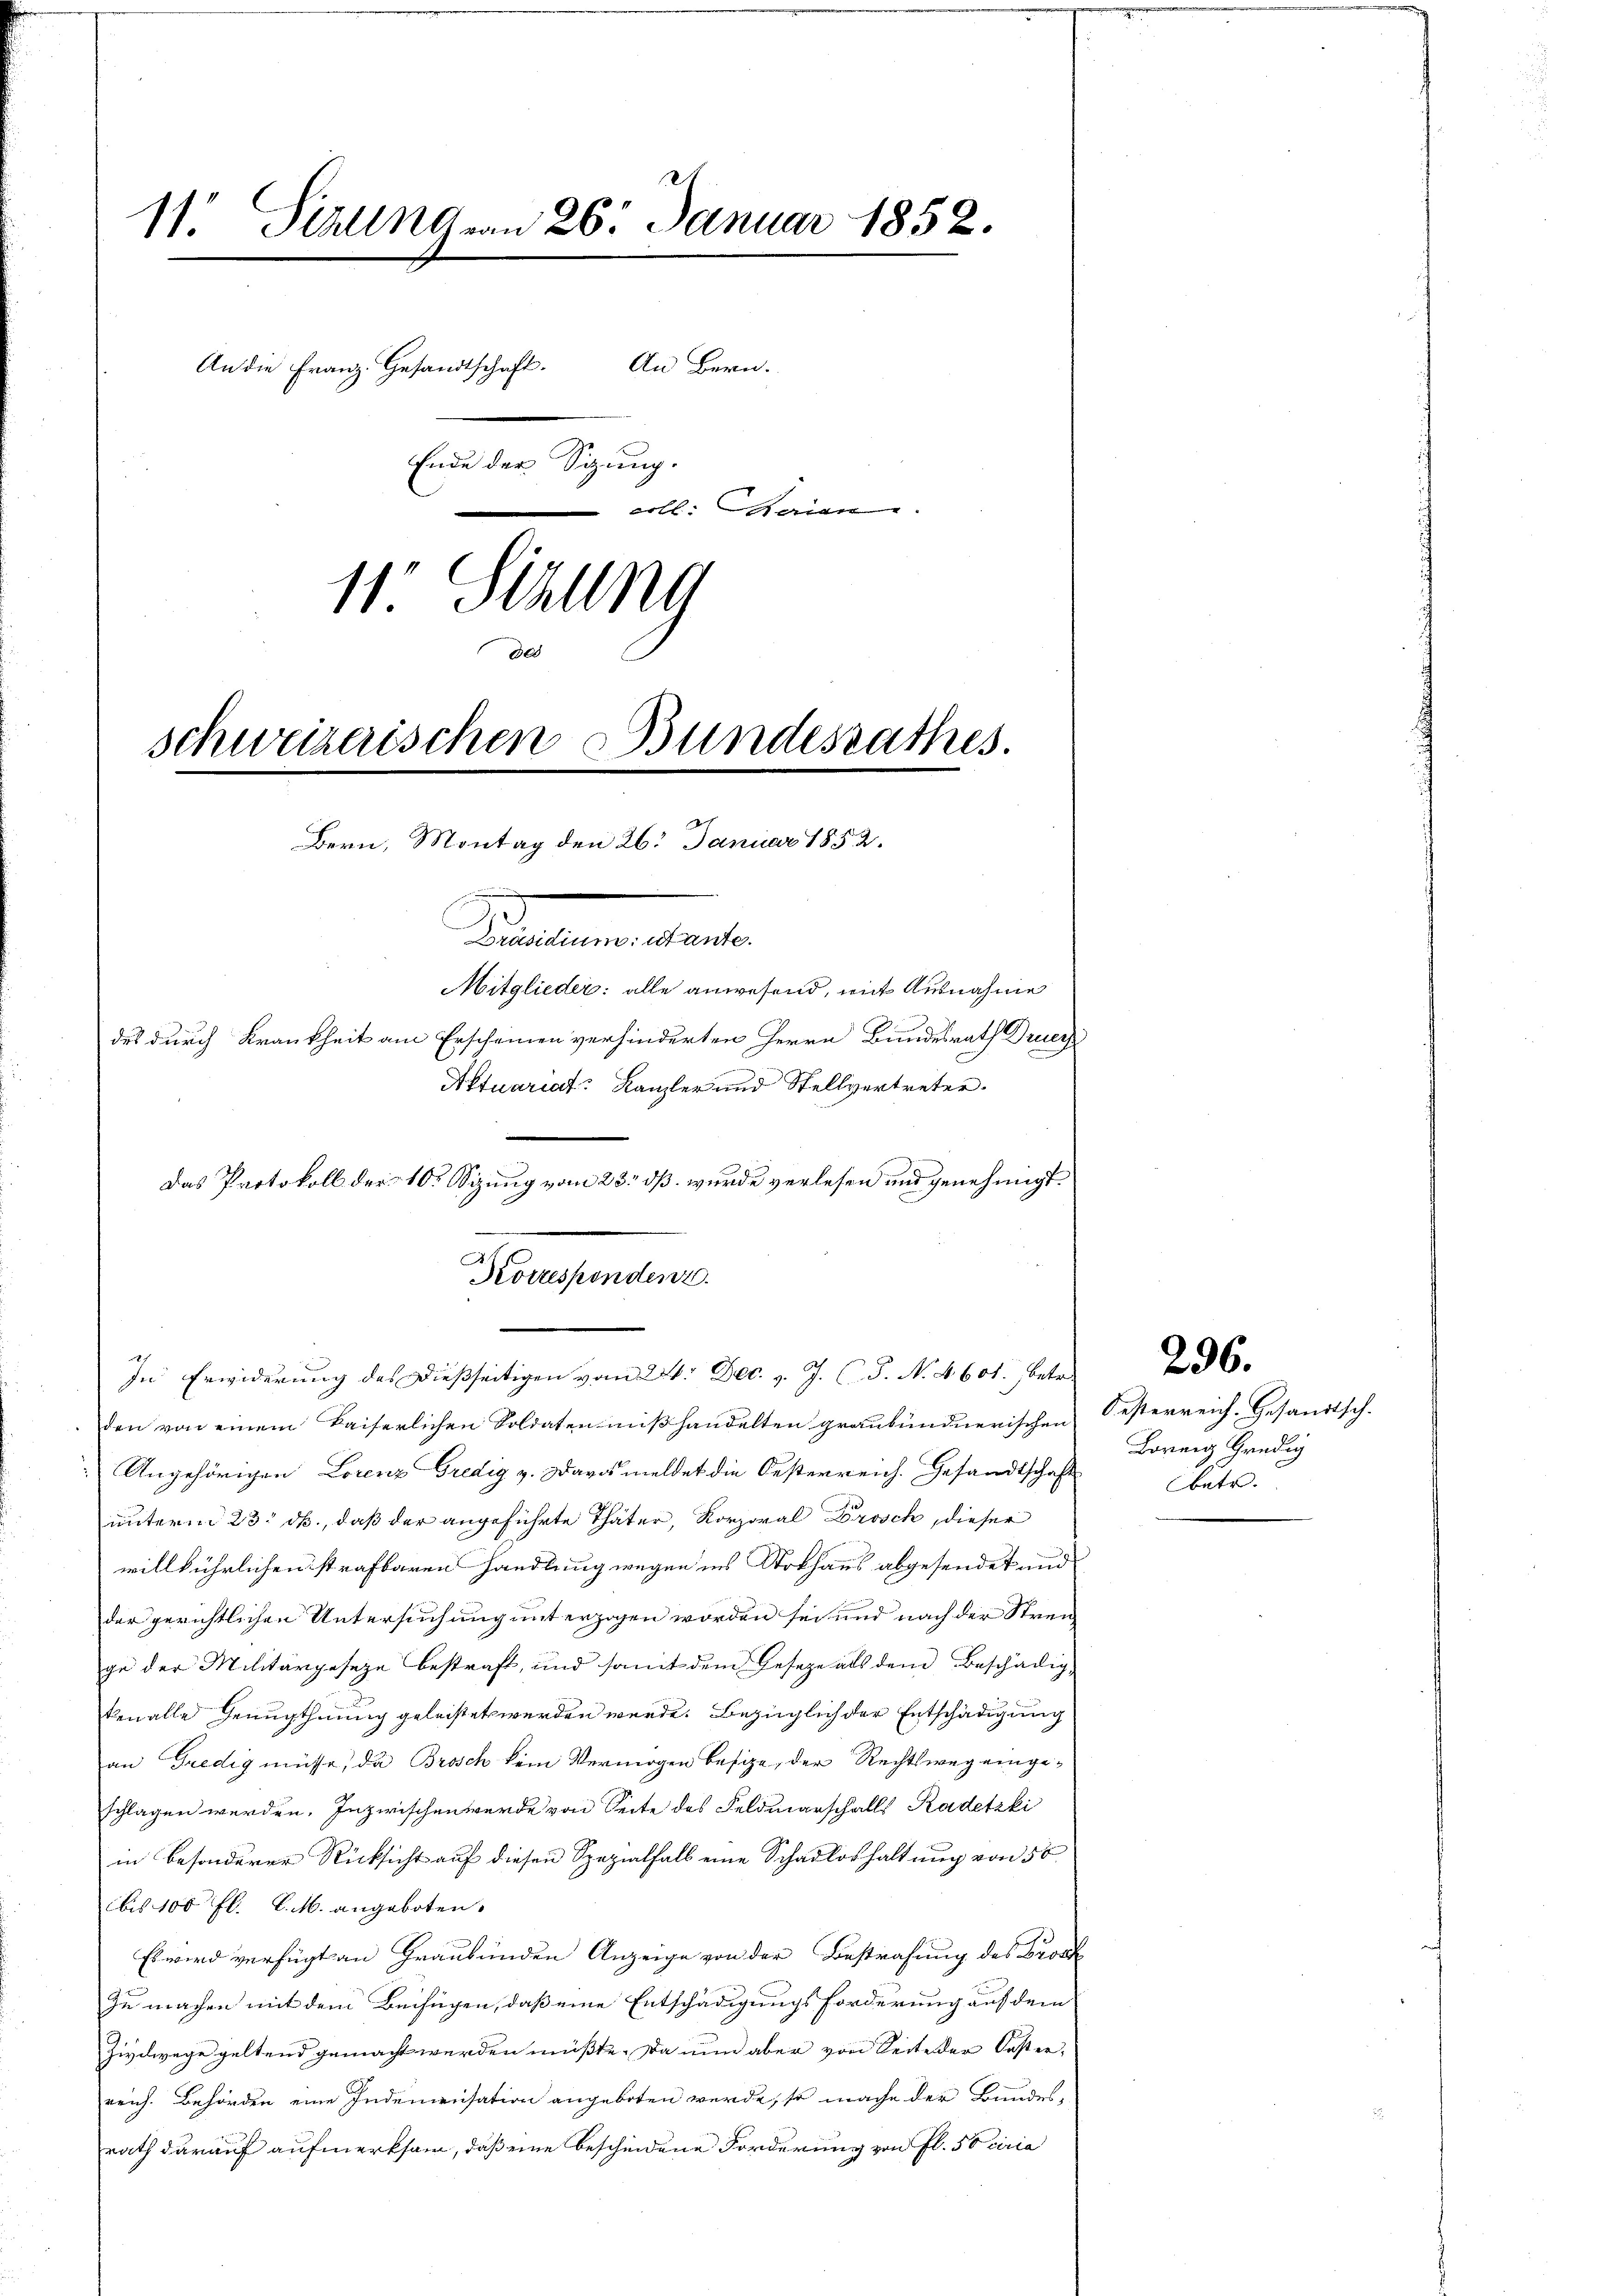
11. Sizung von 26. Januar 1852.
An die Franz. Gesandtschaft.
Ende der Sitzung.
erll. Marian
11. Sizung
der
schweizerischen Bundesrathes.
Bern, Montag den 26. Januar 1852.
Stammenstande
Mitglieder: alle anwesend, mit Ausnahme
des durch Krankheit am Erscheinen verhinderten Herrn Bundesrath Druc
Aktuariat Kanzler und Stellvertreter.

An Bern.

den von einem kaiserlichen Soldaten mißhandelten graubündnerischen
 Angehörigen Lorenz Gredig v. Davos meldet die Oesterreich. Gesandtschaft
unterm 23. ds., daß der angeführte Thäter, Korporal Drosch, dieser
willkührlichen strafbaren Handlung wegen ins Stokhaus abgesendet und
der gerichtlichen Untersuchung unterzogen worden sei und nach der Streu
ge der Militärgeseze bestraft, und somit dem Geseze als dem Beschädig-
ken alle Genugthuung geleistet werden werde. Bezüglich der Entschädigung
an Gredig müsse, da Brosch kein Vermögen besize, der Rechtswegengeschlagen werden. Inzwischen werde von Seite des Feldmarschalls Radetzki
in besonderer Rücksicht auf diesen Spezialfall eine Schadloshaltung von 50
bis 100 fl. C. M. angeboten.
Es wird verfügt an Graubünden Anzeige von der Bestrafung des Brock
zu machen mit dem Beifügen, daß eine Entschädigungsforderung auf dem
Zivdwage geltend gemacht werden müßte. Da nun aber von Seite der Kaster,
reich. Behörden eine Indemensation angeboten werde, so mache der Bundesrath darauf aufmerksam, daß eine beschiedene Forderung von fl. Sociria

In Erwiderung des dießseitigen vom 24. Dec. v. J. (T. N. 4601. betr.

Das Protokoll der 10. Sitzung vom 23. dß wurde verlesen und genehmigt.
Korrespondenz.

Oesterreich. Gesandtsch.
Bornig Gredig
betr.

296.